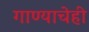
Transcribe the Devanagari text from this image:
गाण्याचेही